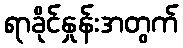
ရာခိုင်နှုန်းအတွက်